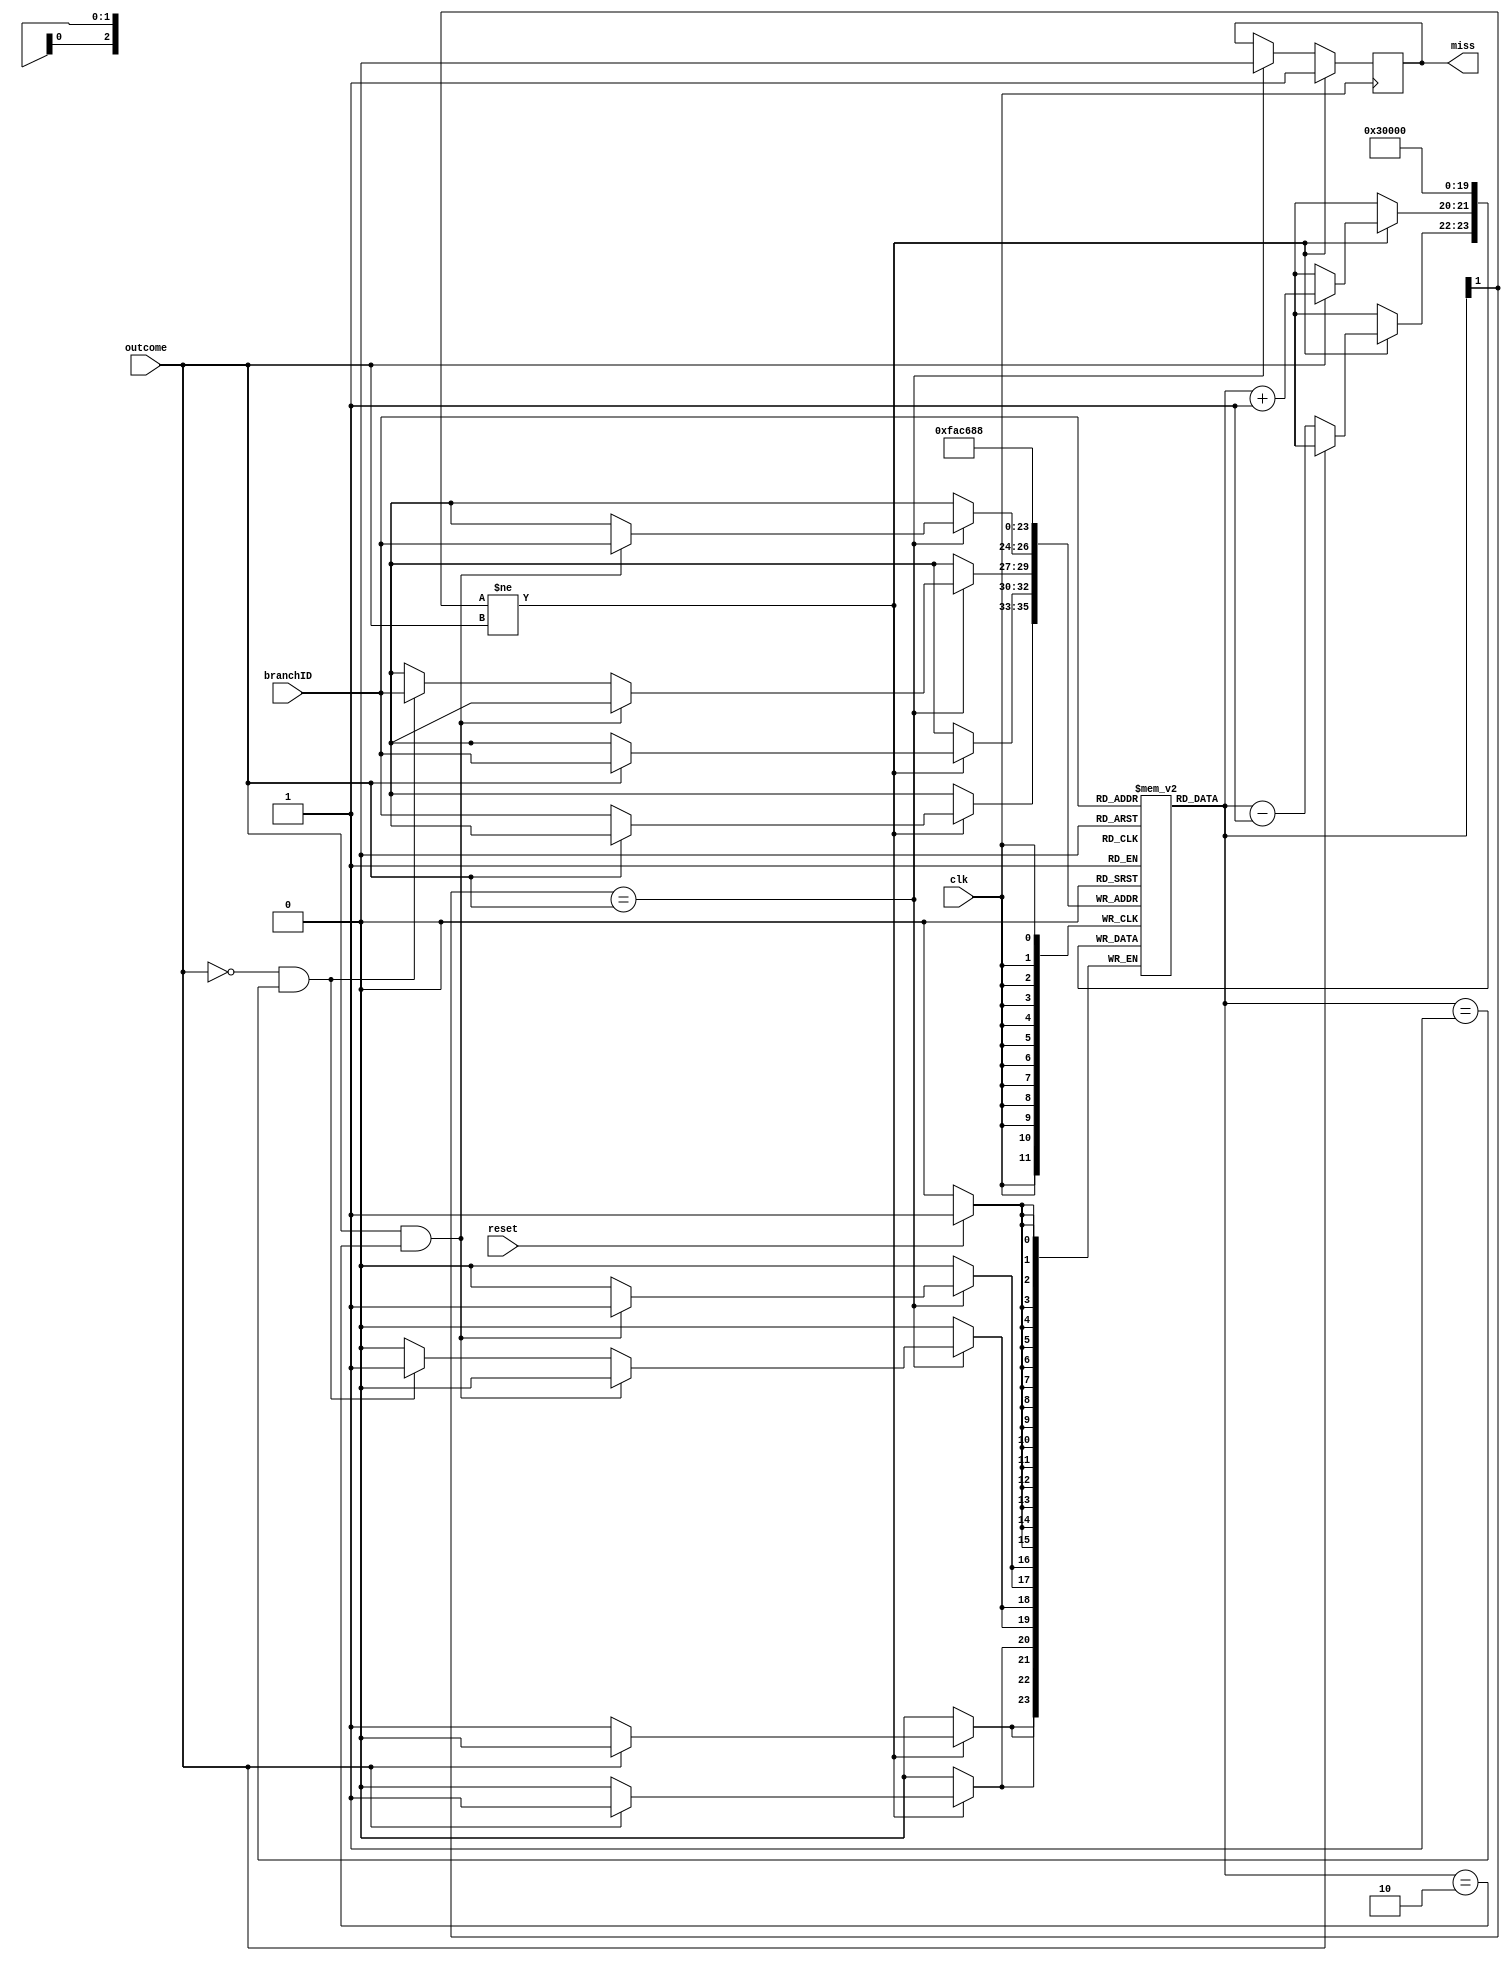
`timescale 1ns / 1ps
//////////////////////////////////////////////////////////////////////////////////
// Company: 
// Engineer: 
// 
// Design Name: 
// Module Name: TwoBitBP
// Project Name: 
// Target Devices: 
// Tool Versions: 
// Description: 
// 
// Dependencies: 
// 
// Revision:
// Revision 0.01 - File Created
// Additional Comments:
// 
//////////////////////////////////////////////////////////////////////////////////


module TwoBitBP(
    input clk,
    input [2:0] branchID,
    input outcome,
    input reset,
    output reg miss
    );
    
    integer i;
    reg [1:0] BHT [7:0];
    reg result;
        
    initial
    begin
    for(i=0;i<8;i=i+1)
    BHT[i] = 2'b00;
    end 
    
    always @ (posedge clk)
    begin
    
    if(reset == 1)
    begin
        for(i=0;i<8;i=i+1)            //initialize the array
        BHT[i] <= 2'b00;
    end
    if(BHT[branchID][1] == outcome)
    begin
        if(outcome == 1 && BHT[branchID] == 2'b10)           //correct prediction, taken -> go up
        BHT[branchID] <= 2'b11;
        else if(outcome == 0 && BHT[branchID] == 2'b01)      //correct orediction, not taken -> go down
        BHT[branchID] <= 2'b00;
        miss <= 0;
    end
    if(BHT[branchID][1] != outcome)
    begin
        if(outcome == 1)                                    //wrong prediction, taken -> go up
        BHT[branchID] <= BHT[branchID] + 2'b01;
        else if(outcome == 0)                               //wrong prediction, not taken -> go down
        BHT[branchID] <= BHT[branchID] - 2'b01;
        miss <= 1;
    end

    end
endmodule